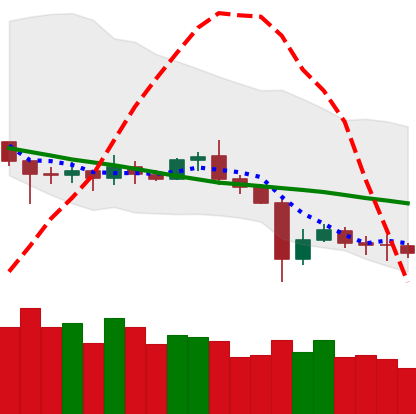
Ticker: ETC-USD
Chart end date: 2020-07-03
Forward return: 17.218%
Label: up_7plus